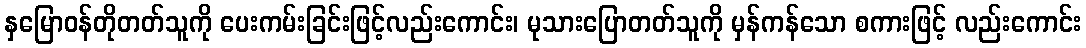
နှမြောဝန်တိုတတ်သူကို ပေးကမ်းခြင်းဖြင့်လည်းကောင်း၊ မုသားပြောတတ်သူကို မှန်ကန်သော စကားဖြင့် လည်းကောင်း